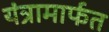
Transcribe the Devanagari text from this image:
यंत्रामार्फत